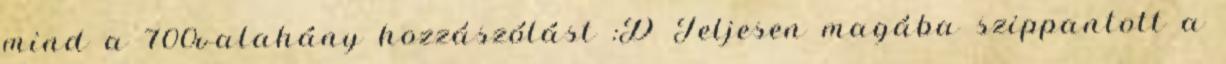
mind a 700valahány hozzászólást :D Teljesen magába szippantott a